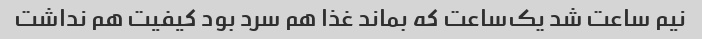
نیم ساعت شد یک‌ساعت که بماند غذا هم سرد بود کیفیت هم نداشت